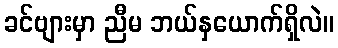
ခင်ဗျားမှာ ညီမ ဘယ်နှယောက်ရှိလဲ။